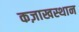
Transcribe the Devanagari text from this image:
कज़ाखस्थान